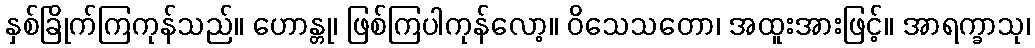
နှစ်ခြိုက်ကြကုန်သည်။ ဟောန္တု၊ ဖြစ်ကြပါကုန်လော့။ ဝိသေသတော၊ အထူးအားဖြင့်။ အာရက္ခာသု၊